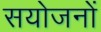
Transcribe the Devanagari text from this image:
सयोजनों